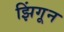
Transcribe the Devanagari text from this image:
झिंगून